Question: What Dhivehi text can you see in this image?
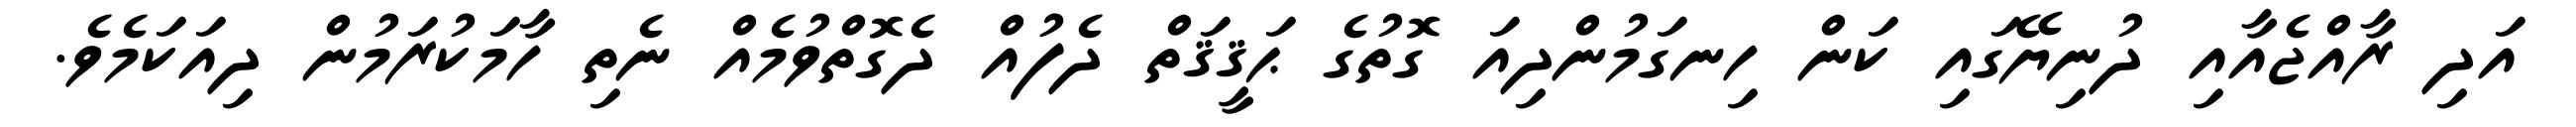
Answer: އަދި ރާއްޖެއާއި ދުނިޔޭގައި ކަން ހިނގަމުންދިއަ ގޮތުގެ ޙަޤީޤަތް ދެފުއް ދެގޮތްވުމެއް ނެތި ހާމަކުރަމުން ދިއަކަމެވެ.